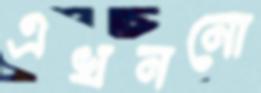
এখননো